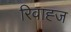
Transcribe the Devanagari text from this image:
रिवाह्ज